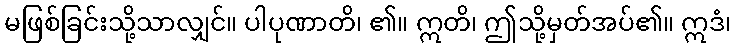
မဖြစ်ခြင်းသို့သာလျှင်။ ပါပုဏာတိ၊ ၏။ ဣတိ၊ ဤသို့မှတ်အပ်၏။ ဣဒံ၊